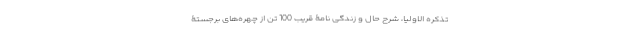
تذکره الاولیا، شرح حال و زندگی نامۀ قریب 100 تن از چهره‌های برجستۀ